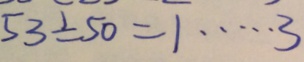
5 3 \div 5 0 = 1 \cdots 3